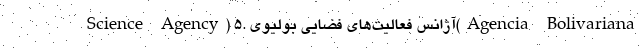
Science Agency) ۵. آژانس فعالیت‌های فضایی بولیوی(Agencia Bolivariana